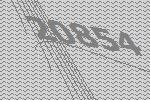
20854